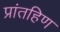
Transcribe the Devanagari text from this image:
प्रांतहिण